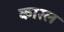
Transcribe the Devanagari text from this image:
कारल